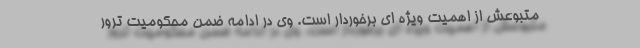
متبوعش از اهمیت ویژه ای برخوردار است. وی در ادامه ضمن محکومیت ترور